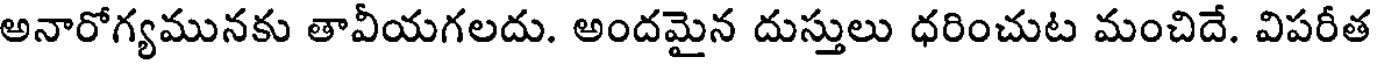
అనారోగ్యమునకు తావీయగలదు. అందమైన దుస్తులు ధరించుట మంచిదే. విపరీత